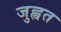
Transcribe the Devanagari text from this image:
जुह्वत